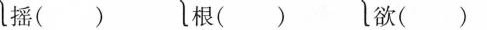
摇( ) 根( ) 欲( )